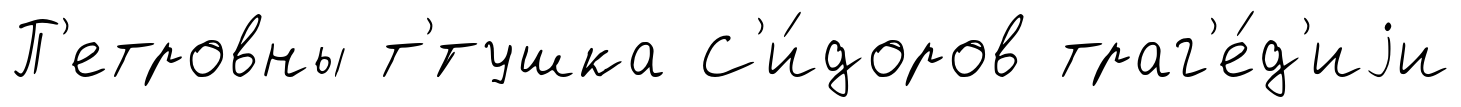
П'етровны т'́тушка С'и́доров траг'е́д'иjи